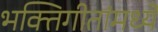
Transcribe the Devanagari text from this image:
भक्तिगीतांमध्ये